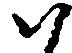
ハ